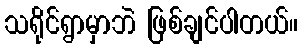
သရိုင်ရွာမှာဘဲ ဖြစ်ချင်ပါတယ်။